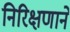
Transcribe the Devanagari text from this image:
निरिक्षणाने